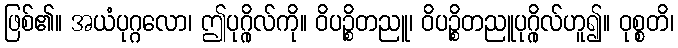
ဖြစ်၏။ အယံပုဂ္ဂလော၊ ဤပုဂ္ဂိုလ်ကို။ ဝိပဉ္စိတညူ၊ ဝိပဉ္စိတညူပုဂ္ဂိုလ်ဟူ၍။ ဝုစ္စတိ၊